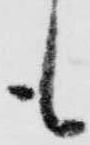
も